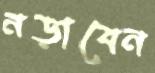
নড়াবেন